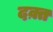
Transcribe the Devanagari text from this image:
दक़्त